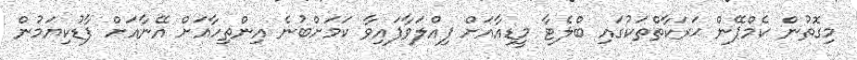
މިގޮތުން ކެމްޕޭން ޙަރަކާތްތަކުގައި ބްލެޓާ މީޑިއާއަށް ފިއްލަވާފައިވާ ކަމަށްބުނެ އިންތިހާއަށް އޭނާއަށް ފާޑުކިޔަމުން